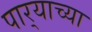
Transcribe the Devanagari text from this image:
पार्‍याच्या